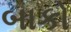
બાકો